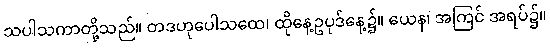
သပါသကာတို့သည်။ တဒဟုပေါသထေ၊ ထိုနေ့ဥပုဒ်နေ့၌။ ယေန၊ အကြင် အရပ်၌။